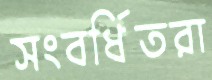
সংবর্ধিতরা